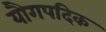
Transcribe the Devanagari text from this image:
यौगपदिक